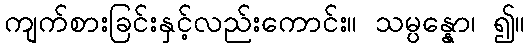
ကျက်စားခြင်းနှင့်လည်းကောင်း။ သမ္ပန္နော၊ ၍။